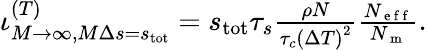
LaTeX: \begin{array}{r}{\iota_{M\rightarrow\infty,M\Delta s=s_{\mathrm{tot}}}^{(T)}=s_{\mathrm{tot}}\tau_{s}\frac{\rho N}{\tau_{c}\left(\Delta T\right)^{2}}\frac{N_{\mathrm{~e~f~f~}}}{N_{\mathrm{~m~}}}.}\end{array}